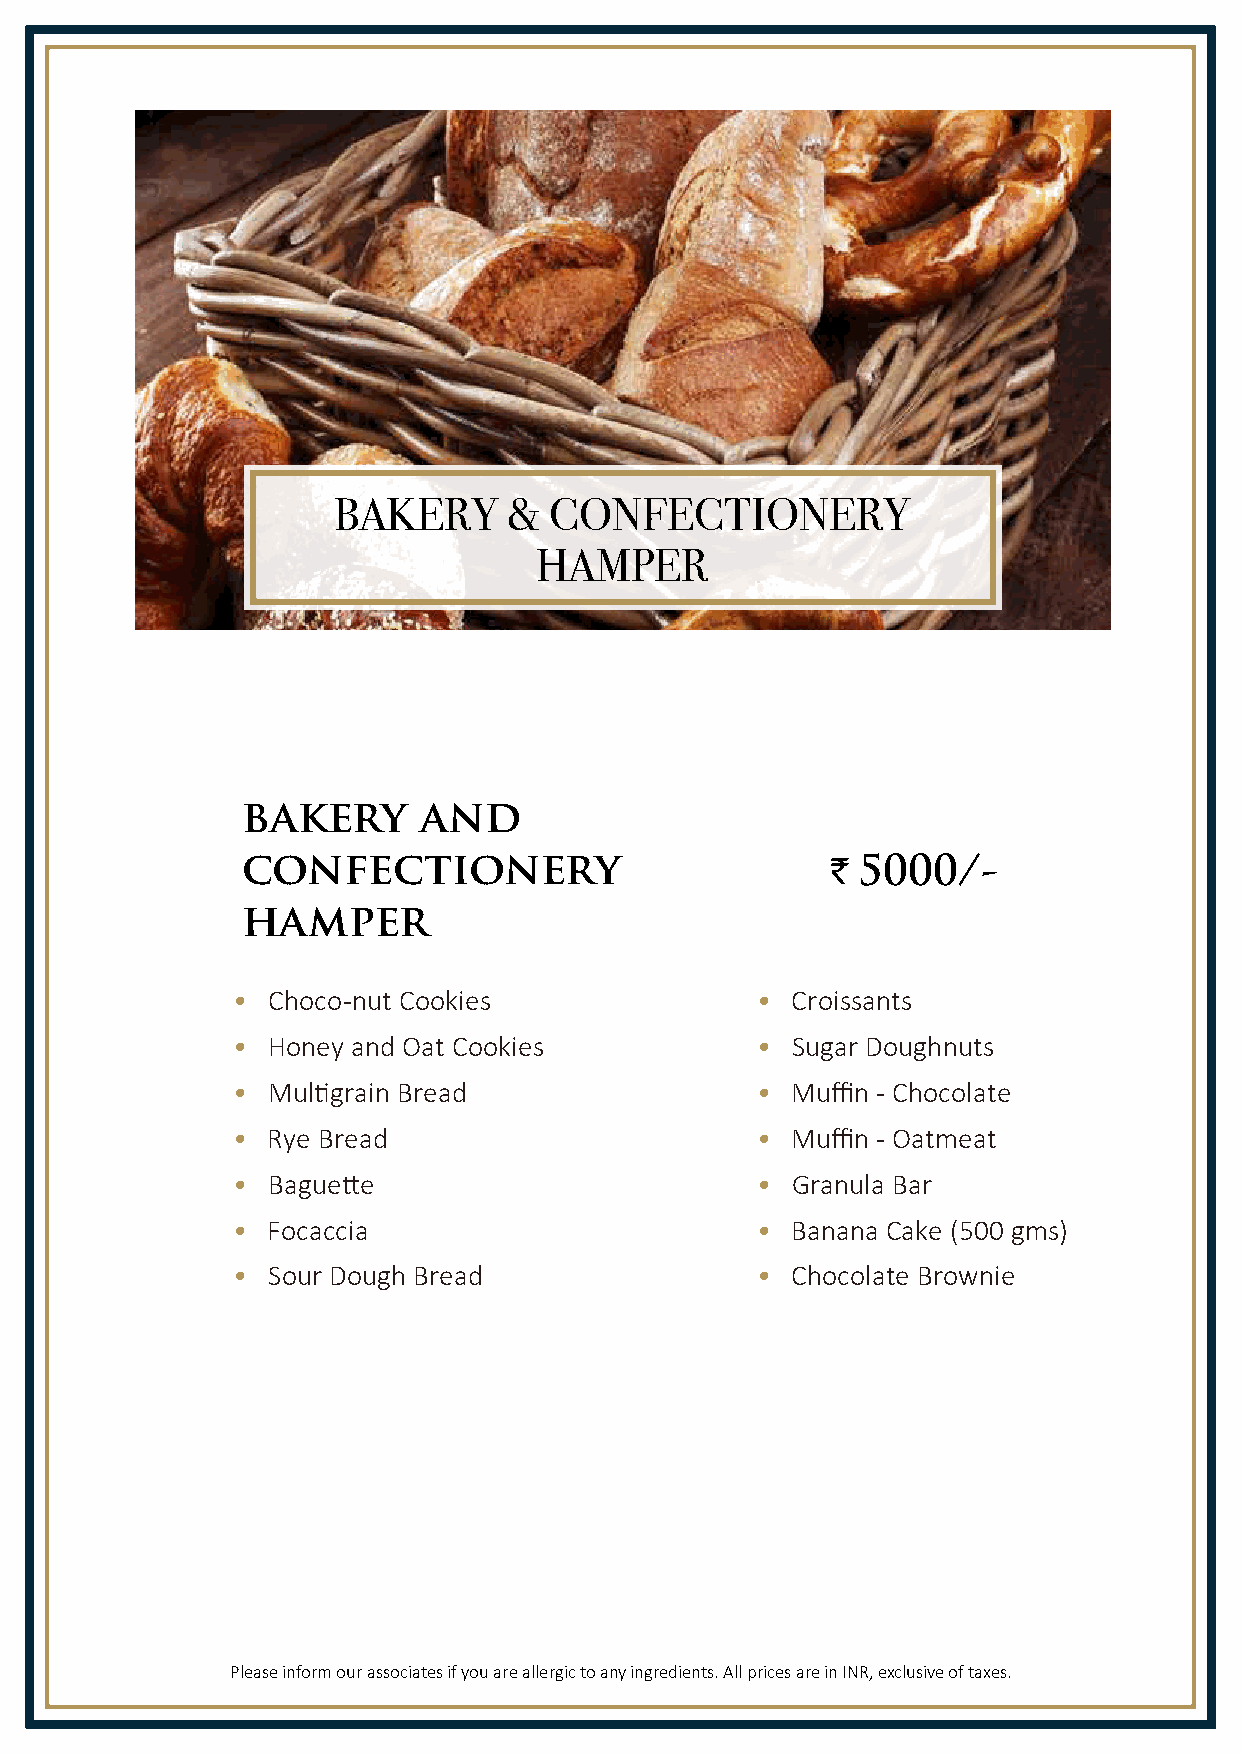
BAKERY      & CONFECTIONERY
 HAMPER
 bakery      and
 confectionery                          ` 5000/-
 hamper
 •  Choco-nut Cookies               • Croissants
 •  Honey and Oat Cookies           • Sugar Doughnuts
 •  Mul�grain Bread                 • Muffin - Chocolate
 •  Rye Bread                       • Muffin - Oatmeat
 •  Bague�e                         • Granula Bar
 •  Focaccia                        • Banana Cake (500 gms)
 •  Sour Dough Bread                • Chocolate Brownie
 Please inform our associates if you are allergic to any ingredients. All prices are in INR, exclusive of taxes.